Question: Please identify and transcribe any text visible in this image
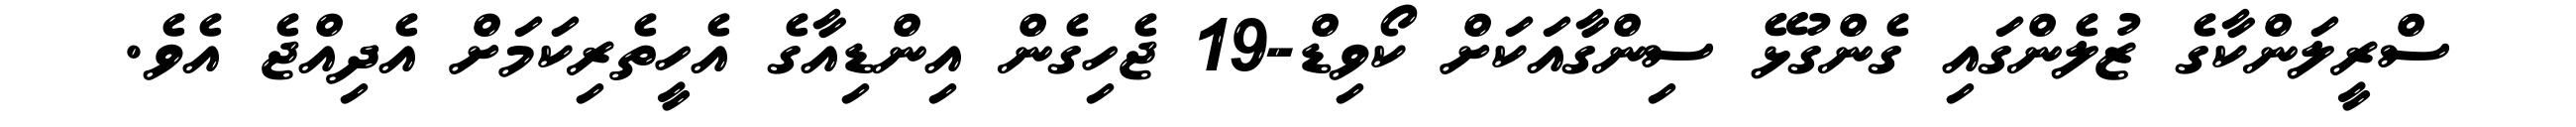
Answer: ސްރީލަންކާގެ ޒުލެންގައި ގެންގުޅޭ ސިންގާއަކަށް ކޯވިޑް-19 ޖެހިގެން އިންޑިއާގެ އެހީތެރިކަމަށް އެދިއްޖެ އެވެ.